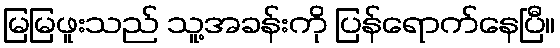
မြမြဖူးသည် သူ့အခန်းကို ပြန်ရောက်နေပြီ။